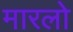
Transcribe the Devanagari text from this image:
मारलो